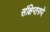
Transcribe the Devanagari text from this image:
संक्षिप्तरुपे